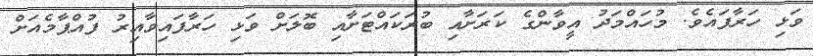
ވަޅި ހަރާފައެވެ. މުހައްމަދު އީވާންގެ ކަރަށާއި ބުރަކައްޓަށާއި ބޮލަށް ވަޅި ހަރާފައިވާއިރު ފުއްޕާމެއަށް